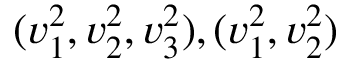
( v _ { 1 } ^ { 2 } , v _ { 2 } ^ { 2 } , v _ { 3 } ^ { 2 } ) , ( v _ { 1 } ^ { 2 } , v _ { 2 } ^ { 2 } )